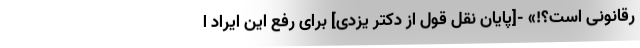
رقانونی است؟!» -[پایان نقل قول از دکتر یزدی] برای رفع این ایراد ا